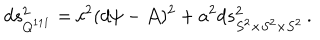
d s _ { Q ^ { 1 1 1 } } ^ { 2 } = c ^ { 2 } ( d \psi - { \cal A } ) ^ { 2 } + a ^ { 2 } d s _ { S ^ { 2 } \times S ^ { 2 } \times S ^ { 2 } } ^ { 2 } \, .